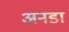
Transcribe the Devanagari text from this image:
अनडा